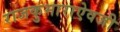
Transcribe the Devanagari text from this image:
राजकुमाराऐवजी